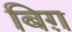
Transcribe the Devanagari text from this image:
बिग़